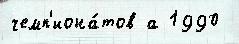
чемп'иона́тов а 1990